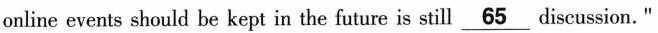
online events should be kept in the future is still \underline{65} discussion. "